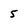
Character: 5